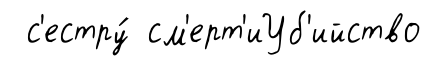
с'естру́ см'ерт'иУб'ийство